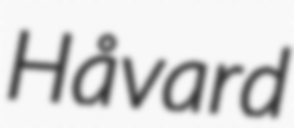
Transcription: Håvard